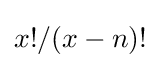
x!/(x-n)!